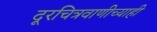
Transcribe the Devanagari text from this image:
दूरचित्रवाणीच्याही